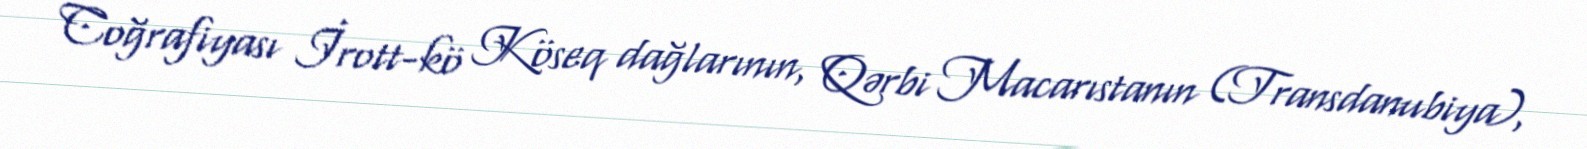
Coğrafiyası İrott-kö Köseq dağlarının, Qərbi Macarıstanın (Transdanubiya),